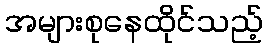
အများစုနေထိုင်သည့်